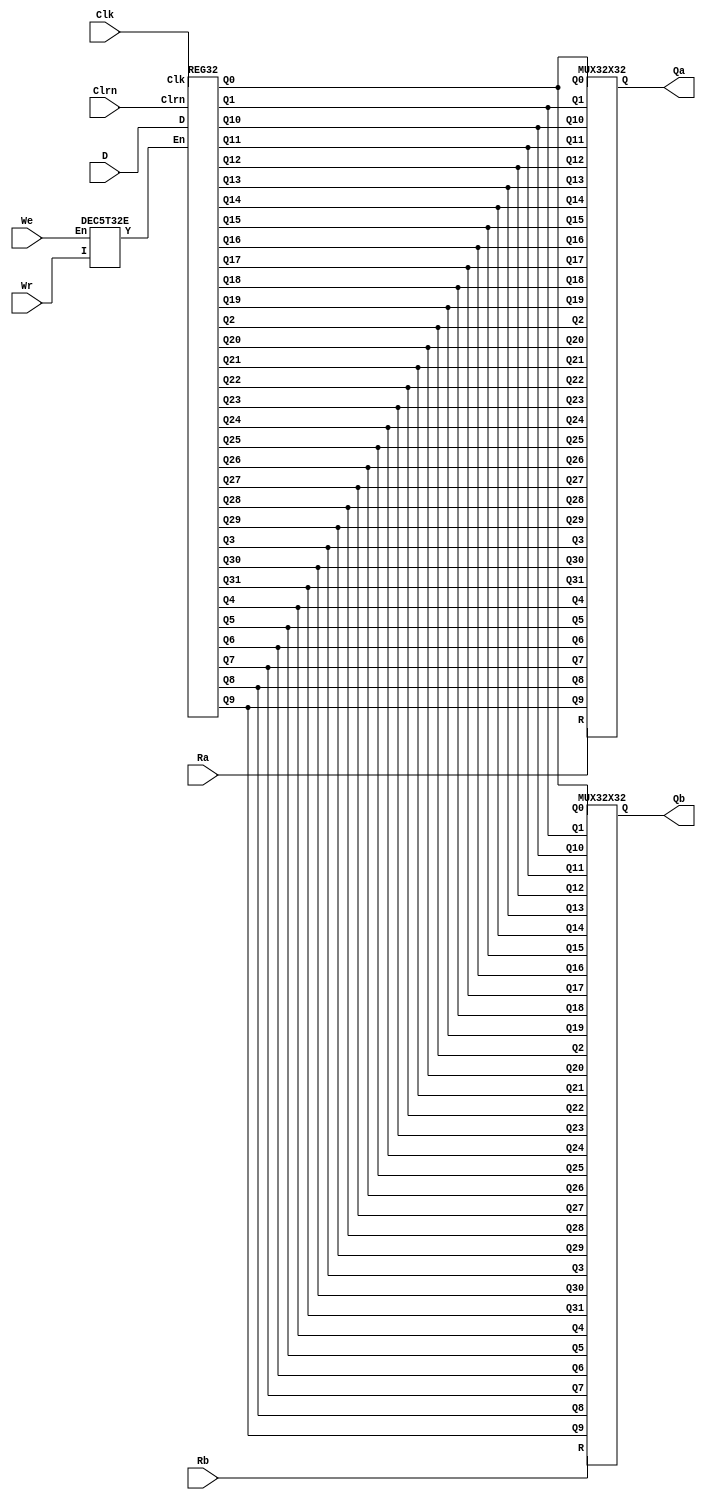

`timescale 1ns / 1ps

module REGFILE(Ra,Rb,D,Wr,We,Clk,Clrn,Qa,Qb);
input [4:0]Ra,Rb,Wr;
input [31:0]D;
input We,Clk,Clrn;
output [31:0]Qa,Qb;
wire [31:0]Y_mux,Q31_reg32,Q30_reg32,Q29_reg32,Q28_reg32,Q27_reg32,Q26_reg32,Q25_reg32,Q24_reg32,Q23_reg32,Q22_reg32,Q21_reg32,Q20_reg32,Q19_reg32,Q18_reg32,Q17_reg32,Q16_reg32,Q15_reg32,Q14_reg32,Q13_reg32,Q12_reg32,Q11_reg32,Q10_reg32,Q9_reg32,Q8_reg32,Q7_reg32,Q6_reg32,Q5_reg32,Q4_reg32,Q3_reg32,Q2_reg32,Q1_reg32,Q0_reg32;

DEC5T32E dec(Wr,We,Y_mux);

REG32  A(D,Y_mux,Clk,Clrn,Q31_reg32,Q30_reg32,Q29_reg32,Q28_reg32,Q27_reg32,Q26_reg32,Q25_reg32,Q24_reg32,Q23_reg32,Q22_reg32,Q21_reg32,Q20_reg32,Q19_reg32,Q18_reg32,Q17_reg32,Q16_reg32,Q15_reg32,Q14_reg32,Q13_reg32,Q12_reg32,Q11_reg32,Q10_reg32,Q9_reg32,Q8_reg32,Q7_reg32,Q6_reg32,Q5_reg32,Q4_reg32,Q3_reg32,Q2_reg32,Q1_reg32,Q0_reg32);

MUX32X32 select1(Q0_reg32,Q1_reg32,Q2_reg32,Q3_reg32,Q4_reg32,Q5_reg32,Q6_reg32,Q7_reg32,Q8_reg32,Q9_reg32,Q10_reg32,Q11_reg32,Q12_reg32,Q13_reg32,Q14_reg32,Q15_reg32,Q16_reg32,Q17_reg32,Q18_reg32,Q19_reg32,Q20_reg32,Q21_reg32,Q22_reg32,Q23_reg32,Q24_reg32,Q25_reg32,Q26_reg32,Q27_reg32,Q28_reg32,Q29_reg32,Q30_reg32,Q31_reg32,Ra,Qa);
MUX32X32 select2(Q0_reg32,Q1_reg32,Q2_reg32,Q3_reg32,Q4_reg32,Q5_reg32,Q6_reg32,Q7_reg32,Q8_reg32,Q9_reg32,Q10_reg32,Q11_reg32,Q12_reg32,Q13_reg32,Q14_reg32,Q15_reg32,Q16_reg32,Q17_reg32,Q18_reg32,Q19_reg32,Q20_reg32,Q21_reg32,Q22_reg32,Q23_reg32,Q24_reg32,Q25_reg32,Q26_reg32,Q27_reg32,Q28_reg32,Q29_reg32,Q30_reg32,Q31_reg32,Rb,Qb);

endmodule

module DEC5T32E(I,En,Y);
input [4:0]I;
input En;
output[31:0]Y;

not not1(en,En);
not not2(i0,I[0]);
not not3(i1,I[1]);
not not4(i2,I[2]);
not not5(i3,I[3]);
not not6(i4,I[4]);
nor nor0(Y[0],I[0],I[1],I[2],I[3],I[4],en);
nor nor1(Y[1],i0,I[1],I[2],I[3],I[4],en);
nor nor2(Y[2],I[0],i1,I[2],I[3],I[4],en);
nor nor3(Y[3],i0,i1,I[2],I[3],I[4],en);
nor nor4(Y[4],I[0],I[1],i2,I[3],I[4],en);
nor nor5(Y[5],i0,I[1],i2,I[3],I[4],en);
nor nor6(Y[6],I[0],i1,i2,I[3],I[4],en);
nor nor7(Y[7],i0,i1,i2,I[3],I[4],en);
nor nor8(Y[8],I[0],I[1],I[2],i3,I[4],en);
nor nor9(Y[9],i0,I[1],I[2],i3,I[4],en);
nor nor10(Y[10],I[0],i1,I[2],i3,I[4],en);
nor nor11(Y[11],i0,i1,I[2],i3,I[4],en);
nor nor12(Y[12],I[0],I[1],i2,i3,I[4],en);
nor nor13(Y[13],i0,I[1],i2,i3,I[4],en);
nor nor14(Y[14],I[0],i1,i2,i3,I[4],en);
nor nor15(Y[15],i0,i1,i2,i3,I[4],en);
nor nor16(Y[16],I[0],I[1],I[2],I[3],i4,en);
nor nor17(Y[17],i0,I[1],I[2],I[3],i4,en);
nor nor18(Y[18],I[0],i1,I[2],I[3],i4,en);
nor nor19(Y[19],i0,i1,I[2],I[3],i4,en);
nor nor20(Y[20],I[0],I[1],i2,I[3],i4,en);
nor nor21(Y[21],i0,I[1],i2,I[3],i4,en);
nor nor22(Y[22],I[0],i1,i2,I[3],i4,en);
nor nor23(Y[23],i0,i1,i2,I[3],i4,en);
nor nor24(Y[24],I[0],I[1],I[2],i3,i4,en);
nor nor25(Y[25],i0,I[1],I[2],i3,i4,en);
nor nor26(Y[26],I[0],i1,I[2],i3,i4,en);
nor nor27(Y[27],i0,i1,I[2],i3,i4,en);
nor nor28(Y[28],I[0],I[1],i2,i3,i4,en);
nor nor29(Y[29],i0,I[1],i2,i3,i4,en);
nor nor30(Y[30],I[0],i1,i2,i3,i4,en);
nor nor31(Y[31],i0,i1,i2,i3,i4,en);

endmodule

module REG32(D,En,Clk,Clrn,Q31,Q30,Q29,Q28,Q27,Q26,Q25,Q24,Q23,Q22,Q21,Q20,Q19,Q18,Q17,Q16,Q15,Q14,Q13,Q12,Q11,Q10,Q9,Q8,Q7,Q6,Q5,Q4,Q3,Q2,Q1,Q0);
input [31:0]D,En;
input Clk,Clrn;
output [31:0]Q0,Q1,Q2,Q3,Q4,Q5,Q6,Q7,Q8,Q9,Q10,Q11,Q12,Q13,Q14,Q15,Q16,Q17,Q18,Q19,Q20,Q21,Q22,Q23,Q24,Q25,Q26,Q27,Q28,Q29,Q30,Q31;

D_FFEC32 q1(D,Clk,En[1],Clrn,Q1);
D_FFEC32 q2(D,Clk,En[2],Clrn,Q2);
D_FFEC32 q3(D,Clk,En[3],Clrn,Q3);
D_FFEC32 q4(D,Clk,En[4],Clrn,Q4);
D_FFEC32 q5(D,Clk,En[5],Clrn,Q5);
D_FFEC32 q6(D,Clk,En[6],Clrn,Q6);
D_FFEC32 q7(D,Clk,En[7],Clrn,Q7);
D_FFEC32 q8(D,Clk,En[8],Clrn,Q8);
D_FFEC32 q9(D,Clk,En[9],Clrn,Q9);
D_FFEC32 q10(D,Clk,En[10],Clrn,Q10);
D_FFEC32 q11(D,Clk,En[11],Clrn,Q11);
D_FFEC32 q12(D,Clk,En[12],Clrn,Q12);
D_FFEC32 q13(D,Clk,En[13],Clrn,Q13);
D_FFEC32 q14(D,Clk,En[14],Clrn,Q14);
D_FFEC32 q15(D,Clk,En[15],Clrn,Q15);
D_FFEC32 q16(D,Clk,En[16],Clrn,Q16);
D_FFEC32 q17(D,Clk,En[17],Clrn,Q17);
D_FFEC32 q18(D,Clk,En[18],Clrn,Q18);
D_FFEC32 q19(D,Clk,En[19],Clrn,Q19);
D_FFEC32 q20(D,Clk,En[20],Clrn,Q20);
D_FFEC32 q21(D,Clk,En[21],Clrn,Q21);
D_FFEC32 q22(D,Clk,En[22],Clrn,Q22);
D_FFEC32 q23(D,Clk,En[23],Clrn,Q23);
D_FFEC32 q24(D,Clk,En[24],Clrn,Q24);
D_FFEC32 q25(D,Clk,En[25],Clrn,Q25);
D_FFEC32 q26(D,Clk,En[26],Clrn,Q26);
D_FFEC32 q27(D,Clk,En[27],Clrn,Q27);
D_FFEC32 q28(D,Clk,En[28],Clrn,Q28);
D_FFEC32 q29(D,Clk,En[29],Clrn,Q29);
D_FFEC32 q30(D,Clk,En[30],Clrn,Q30);
D_FFEC32 q31(D,Clk,En[31],Clrn,Q31);

assign Q0=0;
endmodule


module MUX32X32(Q0,Q1,Q2,Q3,Q4,Q5,Q6,Q7,Q8,Q9,Q10,Q11,Q12,Q13,Q14,Q15,Q16,Q17,Q18,Q19,Q20,Q21,Q22,Q23,Q24,Q25,Q26,Q27,Q28,Q29,Q30,Q31,R,Q);//select one register from regfile
input [4:0]R;
input [31:0]Q0,Q1,Q2,Q3,Q4,Q5,Q6,Q7,Q8,Q9,Q10,Q11,Q12,Q13,Q14,Q15,Q16,Q17,Q18,Q19,Q20,Q21,Q22,Q23,Q24,Q25,Q26,Q27,Q28,Q29,Q30,Q31;
output [31:0]Q;
function [31:0] select;

    input [31:0]Q0,Q1,Q2,Q3,Q4,Q5,Q6,Q7,Q8,Q9,Q10,Q11,Q12,Q13,Q14,Q15,Q16,Q17,Q18,Q19,Q20,Q21,Q22,Q23,Q24,Q25,Q26,Q27,Q28,Q29,Q30,Q31;
    input [31:0]R;
    case(R)
      5'b00000:select=Q0;  
      5'b00001:select=Q1;   
      5'b00010:select=Q2;   
      5'b00011:select=Q3;    
      5'b00100:select=Q4;  
      5'b00101:select=Q5;   
      5'b00110:select=Q6;   
      5'b00111:select=Q7;     
      5'b01000:select=Q8;  
      5'b01001:select=Q9;  
      5'b01010:select=Q10;  
      5'b01011:select=Q11;  
      5'b01100:select=Q12;  
      5'b01101:select=Q13;  
      5'b01110:select=Q14;  
      5'b01111:select=Q15;  
      5'b10000:select=Q16;  
      5'b10001:select=Q17;   
      5'b10010:select=Q18;   
      5'b10011:select=Q19;   
      5'b10100:select=Q20;  
      5'b10101:select=Q21;   
      5'b10110:select=Q22;   
      5'b10111:select=Q23;     
      5'b11000:select=Q24;  
      5'b11001:select=Q25;  
      5'b11010:select=Q26;  
      5'b11011:select=Q27;  
      5'b11100:select=Q28;  
      5'b11101:select=Q29;  
      5'b11110:select=Q30;  
      5'b11111:select=Q31;      
    endcase
  endfunction   //select one of the registers
  assign Q=select(Q0,Q1,Q2,Q3,Q4,Q5,Q6,Q7,Q8,Q9,Q10,Q11,Q12,Q13,Q14,Q15,Q16,Q17,Q18,Q19,Q20,Q21,Q22,Q23,Q24,Q25,Q26,Q27,Q28,Q29,Q30,Q31,R);
endmodule

module D_Latch(D,En,Q,Qn);
input D,En;
output Q,Qn;
wire Sn,Rn,Dn;
not i0(Dn,D);
nand i1(Sn,D,En);
nand i2(Rn,En,Dn);
nand i3(Q,Sn,Qn);
nand i4(Qn,Q,Rn);
endmodule
 
module D_FF(D,Clk,Q,Qn);
input D,Clk;
output Q,Qn;
wire Clkn,Q0,Qn0;
not i0(Clkn,Clk);
D_Latch d0(D,Clkn,Q0,Qn0);
D_Latch d1(Q0,Clk,Q,Qn);
endmodule

module D_FFEC(D, Clk, En, Clrn, Q, Qn);
  // D Flip-Flop with Enable and Asynchronous Clear module
  input D, Clk, En, Clrn;   // Data input, Clock input, Enable input, Asynchronous Clear input
  output Q, Qn;             // Q (output) and Qn (complementary output)
  wire Y0, Y_C;             // Intermediate wires
  // Instantiate a 2-to-1 MUX (Multiplexer)
  MUX2X1 m0(Q, D, En, Y0);
  // Use an AND gate to combine the output of the MUX with the asynchronous clear signal
  and i0(Y_C, Y0, Clrn);
  // Instantiate a D Flip-Flop with an asynchronous clear
  D_FF d0(Y_C, Clk, Q, Qn);
endmodule


module D_FFEC32(D,Clk,En,Clrn,Q,Qn);
 input [31:0]D;
 input Clk,En,Clrn;
 output [31:0]Q,Qn;
 D_FFEC d0(D[0],Clk,En,Clrn,Q[0],Qn[0]);
 D_FFEC d1(D[1],Clk,En,Clrn,Q[1],Qn[1]);
 D_FFEC d2(D[2],Clk,En,Clrn,Q[2],Qn[2]);
 D_FFEC d3(D[3],Clk,En,Clrn,Q[3],Qn[3]);
 D_FFEC d4(D[4],Clk,En,Clrn,Q[4],Qn[4]);
 D_FFEC d5(D[5],Clk,En,Clrn,Q[5],Qn[5]);
 D_FFEC d6(D[6],Clk,En,Clrn,Q[6],Qn[6]);
 D_FFEC d7(D[7],Clk,En,Clrn,Q[7],Qn[7]);
 D_FFEC d8(D[8],Clk,En,Clrn,Q[8],Qn[8]);
 D_FFEC d9(D[9],Clk,En,Clrn,Q[9],Qn[9]);
 D_FFEC d10(D[10],Clk,En,Clrn,Q[10],Qn[10]);
 D_FFEC d11(D[11],Clk,En,Clrn,Q[11],Qn[11]);
 D_FFEC d12(D[12],Clk,En,Clrn,Q[12],Qn[12]);
 D_FFEC d13(D[13],Clk,En,Clrn,Q[13],Qn[13]);
 D_FFEC d14(D[14],Clk,En,Clrn,Q[14],Qn[14]);
 D_FFEC d15(D[15],Clk,En,Clrn,Q[15],Qn[15]);
 D_FFEC d16(D[16],Clk,En,Clrn,Q[16],Qn[16]);
 D_FFEC d17(D[17],Clk,En,Clrn,Q[17],Qn[17]);
 D_FFEC d18(D[18],Clk,En,Clrn,Q[18],Qn[18]);
 D_FFEC d19(D[19],Clk,En,Clrn,Q[19],Qn[19]);
 D_FFEC d20(D[20],Clk,En,Clrn,Q[20],Qn[20]);
 D_FFEC d21(D[21],Clk,En,Clrn,Q[21],Qn[21]);
 D_FFEC d22(D[22],Clk,En,Clrn,Q[22],Qn[22]);
 D_FFEC d23(D[23],Clk,En,Clrn,Q[23],Qn[23]);
 D_FFEC d24(D[24],Clk,En,Clrn,Q[24],Qn[24]);
 D_FFEC d25(D[25],Clk,En,Clrn,Q[25],Qn[25]);
 D_FFEC d26(D[26],Clk,En,Clrn,Q[26],Qn[26]);
 D_FFEC d27(D[27],Clk,En,Clrn,Q[27],Qn[27]);
 D_FFEC d28(D[28],Clk,En,Clrn,Q[28],Qn[28]);
 D_FFEC d29(D[29],Clk,En,Clrn,Q[29],Qn[29]);
 D_FFEC d30(D[30],Clk,En,Clrn,Q[30],Qn[30]);
 D_FFEC d31(D[31],Clk,En,Clrn,Q[31],Qn[31]);
 endmodule

module MUX2X1(A0,A1,S,Y);
 input A0,A1,S;
 output Y;
 not i0(S_n,S);
 nand i1(A0_S,A0,S_n);
 nand i2(A1_S,A1,S);
 nand i3(Y,A0_S,A1_S);
 endmodule